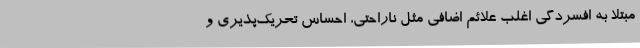
مبتلا به افسردگی اغلب علائم اضافی مثل ناراحتی، احساس تحریک‌پذیری و